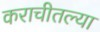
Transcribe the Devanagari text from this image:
कराचीतल्या